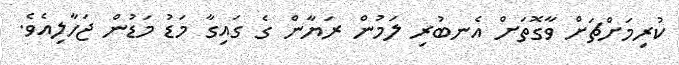
ކުރިމަށްޗަށް ވާގޮތަށް އެނބުރި ލަމުން ރަޔާން ގެ ގައިގާ މަޑު މަޑުން ޖަހާލިއެވެ.